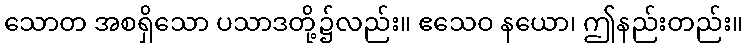
သောတ အစရှိသော ပသာဒတို့၌လည်း။ ဧသေဝ နယော၊ ဤနည်းတည်း။